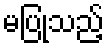
မပြုသည့်